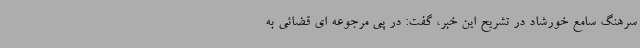
سرهنگ سامع خورشاد در تشریح این خبر، گفت: در پی مرجوعه ای قضائی به